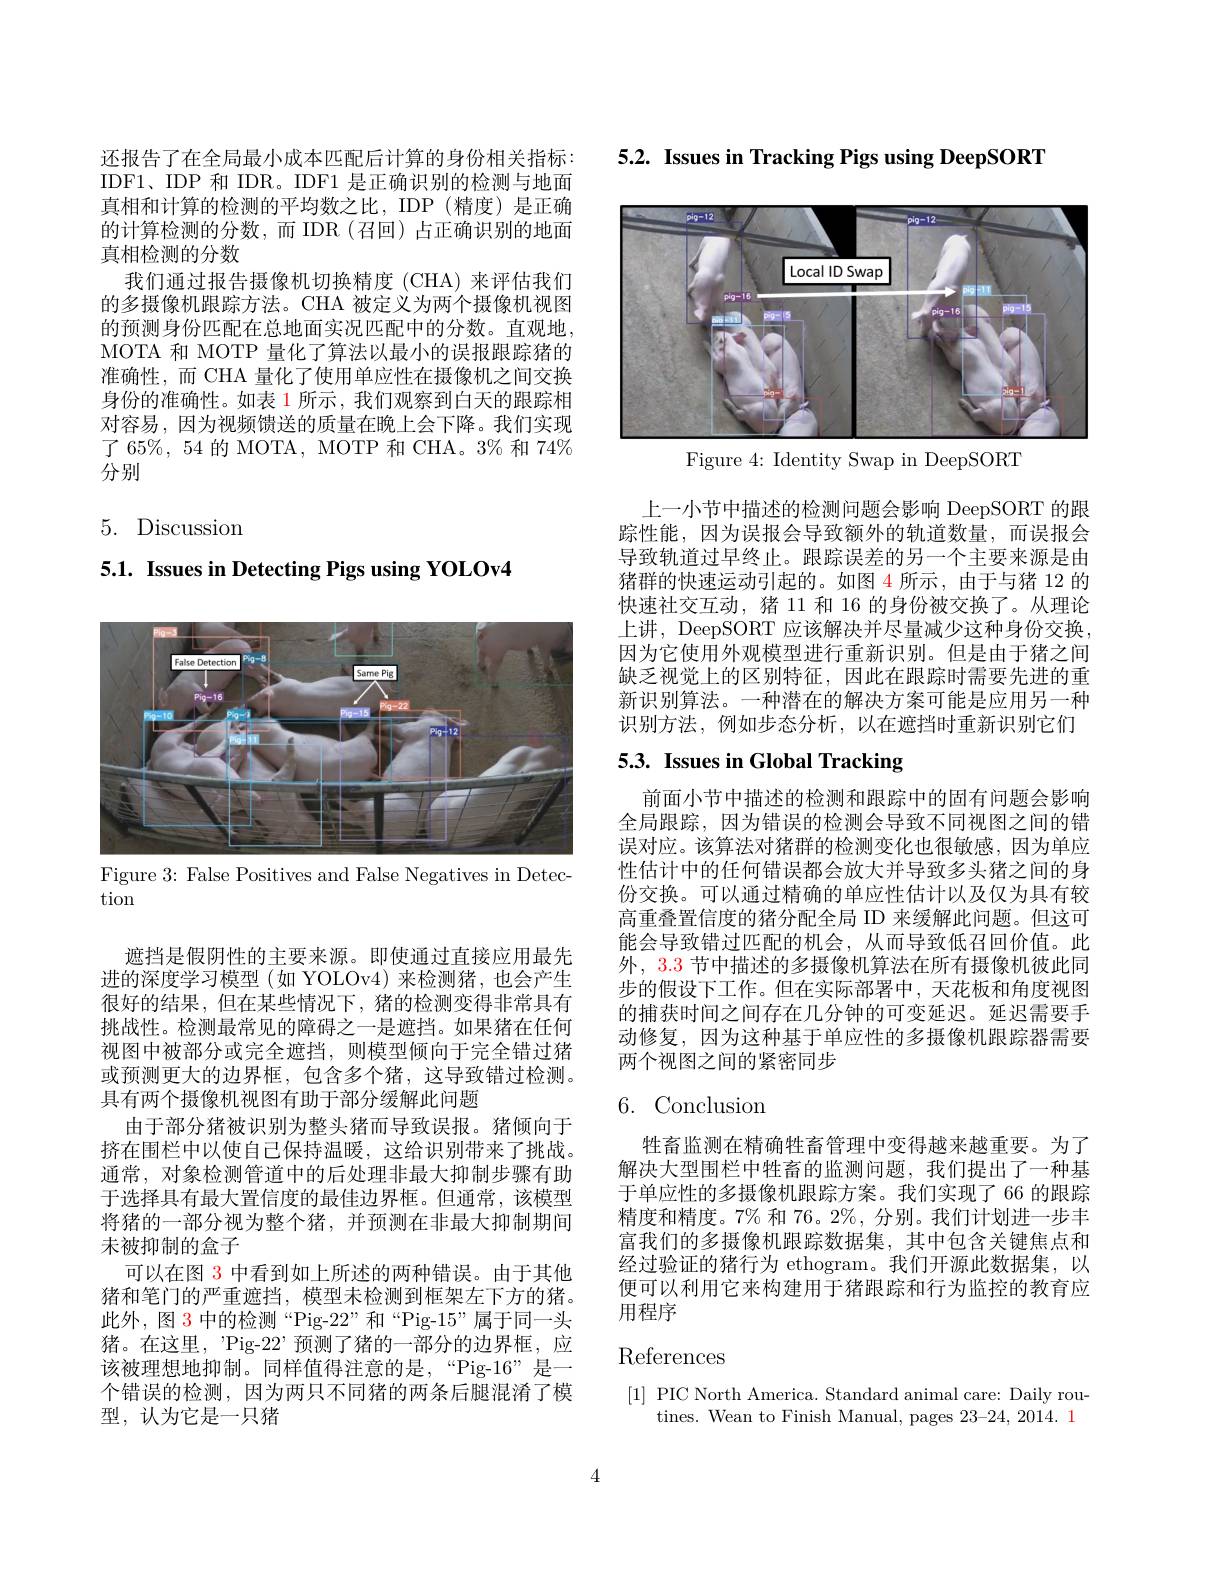
还报告了在全局最小成本匹配后计算的身份相关指标： IDF1、IDP 和 IDR。IDF1 是正确识别的检测与地面真相和计算的检测的平均数之比，IDP(精度)是正确的计算检测的分数，而 IDR(召回)占正确识别的地面真相检测的分数
我们通过报告摄像机切换精度(CHA)来评估我们的多摄像机跟踪方法。CHA 被定义为两个摄像机视图的预测身份匹配在总地面实况匹配中的分数。直观地， MOTA 和 MOTP 量化了算法以最小的误报跟踪猪的准确性，而 CHA 量化了使用单应性在摄像机之间交换身份的准确性。如表 1 所示，我们观察到白天的跟踪相对容易，因为视频馈送的质量在晚上会下降。我们实现了 65%, 54 的 MOTA, MOTP 和 CHA。3% 和 74% 分别

5. Discussion

5.1. Issues in Detecting Pigs using YOLOv4

<FigureHere>

Figure 3: False Positives and False Negatives in Detec-
tion

遮挡是假阴性的主要来源。即使通过直接应用最先进的深度学习模型(如 YOLOv4)来检测猪，也会产生很好的结果，但在某些情况下，猪的检测变得非常具有挑战性。检测最常见的障碍之一是遮挡。如果猪在任何视图中被部分或完全遮挡，则模型倾向于完全错过猪或预测更大的边界框，包含多个猪，这导致错过检测。具有两个摄像机视图有助于部分缓解此问题
由于部分猪被识别为整头猪而导致误报。猪倾向于挤在围栏中以使自己保持温暖，这给识别带来了挑战。通常，对象检测管道中的后处理非最大抑制步骤有助于选择具有最大置信度的最佳边界框。但通常，该模型将猪的一部分视为整个猪，并预测在非最大抑制期间末被抑制的盒子
可以在图 3 中看到如上所述的两种错误。由于其他猪和笔门的严重遮挡，模型未检测到框架左下方的猪。此外，图 3 中的检测“Pig-22”和“Pig-15”属于同一头猪。在这里，”Pig-22’预测了猪的一部分的边界框，应该被理想地抑制。同样值得注意的是，“Pig-16”是一个错误的检测，因为两只不同猪的两条后腿混淆了模型，认为它是一只猪

5.2. Issues in Tracking Pigs using DeepSORT

<FigureHere>
Figure 4: Identity Swap in DeepSORT

上一小节中描述的检测问题会影响 DeepSORT 的跟踪性能，因为误报会导致额外的轨道数量，而误报会导致轨道过早终止。跟踪误差的另一个主要来源是由猪群的快速运动引起的。如图 4 所示，由于与猪 12 的快速社交互动，猪 11 和 16 的身份被交换了。从理论上讲，DeepSORT 应该解决并尽量减少这种身份交换， 因为它使用外观模型进行重新识别。但是由于猪之间缺乏视觉上的区别特征，因此在跟踪时需要先进的重新识别算法。一种潜在的解决方案可能是应用另一种识别方法，例如步态分析，以在遮挡时重新识别它们

# 5.3. Issues in Global Tracking

前面小节中描述的检测和跟踪中的固有问题会影响全局跟踪，因为错误的检测会导致不同视图之间的错误对应。该算法对猪群的检测变化也很敏感，因为单应性估计中的任何错误都会放大并导致多头猪之间的身份交换。可以通过精确的单应性估计以及仅为具有较高重叠置信度的猪分配全局 ID 来缓解此问题。但这可能会导致错过匹配的机会，从而导致低召回价值。此外，3.3 节中描述的多摄像机算法在所有摄像机彼此同步的假设下工作。但在实际部署中，天花板和角度视图的捕获时间之间存在几分钟的可变延迟。延迟需要手动修复，因为这种基于单应性的多摄像机跟踪器需要两个视图之间的紧密同步

# $6.{\mathrm{Conclusion}}$

牲畜监测在精确牲畜管理中变得越来越重要。为了解决大型围栏中牲畜的监测问题，我们提出了一种基于单应性的多摄像机跟踪方案。我们实现了 66 的跟踪精度和精度。7% 和 76。2%, 分别。我们计划进一步丰富我们的多摄像机跟踪数据集，其中包含关键焦点和经过验证的猪行为 ethogram。我们开源此数据集，以便可以利用它来构建用于猪跟踪和行为监控的教育应用程序

# References

[1] PIC North America. Standard animal care: Daily rou-
tines. Wean to Finish Manual, pages 23-24, 2014. 1

4